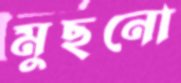
মুছনো